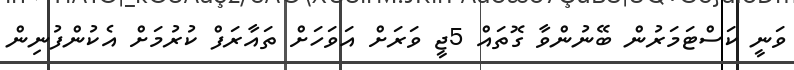
ވަނީ ކަސްޓަމަރުން ބޭނުންވާ ގޮތައް 5ޖީ ވަރަށް އަވަހަށް ތައާރަފް ކުރުމަށް އެކުންފުނިން